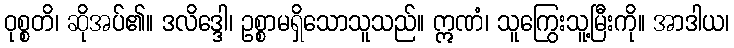
ဝုစ္စတိ၊ ဆိုအပ်၏။ ဒလိဒ္ဒေါ၊ ဥစ္စာမရှိသောသူသည်။ ဣဏံ၊ သူကြွေးသူ့မြီးကို။ အာဒါယ၊